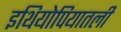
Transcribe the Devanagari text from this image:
इथियोपियातली